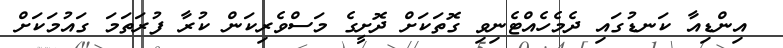
އިންޑިއާ ކަނޑުގައި ދެމެހެއްޓެނިވި ގޮތަކަށް ދޮށީގެ މަސްވެރިކަން ކުރާ ފުރަތަމަ ގައުމަކަށް